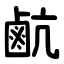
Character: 䴚